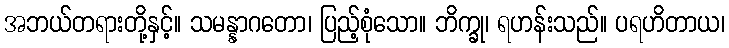
အဘယ်တရားတို့နှင့်။ သမန္နာဂတော၊ ပြည့်စုံသော။ ဘိက္ခု၊ ရဟန်းသည်။ ပရဟိတာယ၊